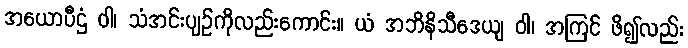
အယောပီဌံ ဝါ၊ သံအင်းပျဉ်ကိုလည်းကောင်း။ ယံ အဘိနိသီဒေယျ ဝါ၊ အကြင် ဖိ၍လည်း